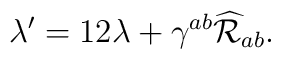
\lambda'=12\lambda+\gamma^{ab}\widehat{\cal R}_{ab}.